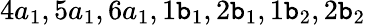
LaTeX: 4a_{1},5a_{1},6a_{1},1\mathtt{b}_{1},2\mathtt{b}_{1},1\mathtt{b}_{2},2\mathtt{b}_{2}